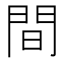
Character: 間